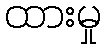
ထားမှု